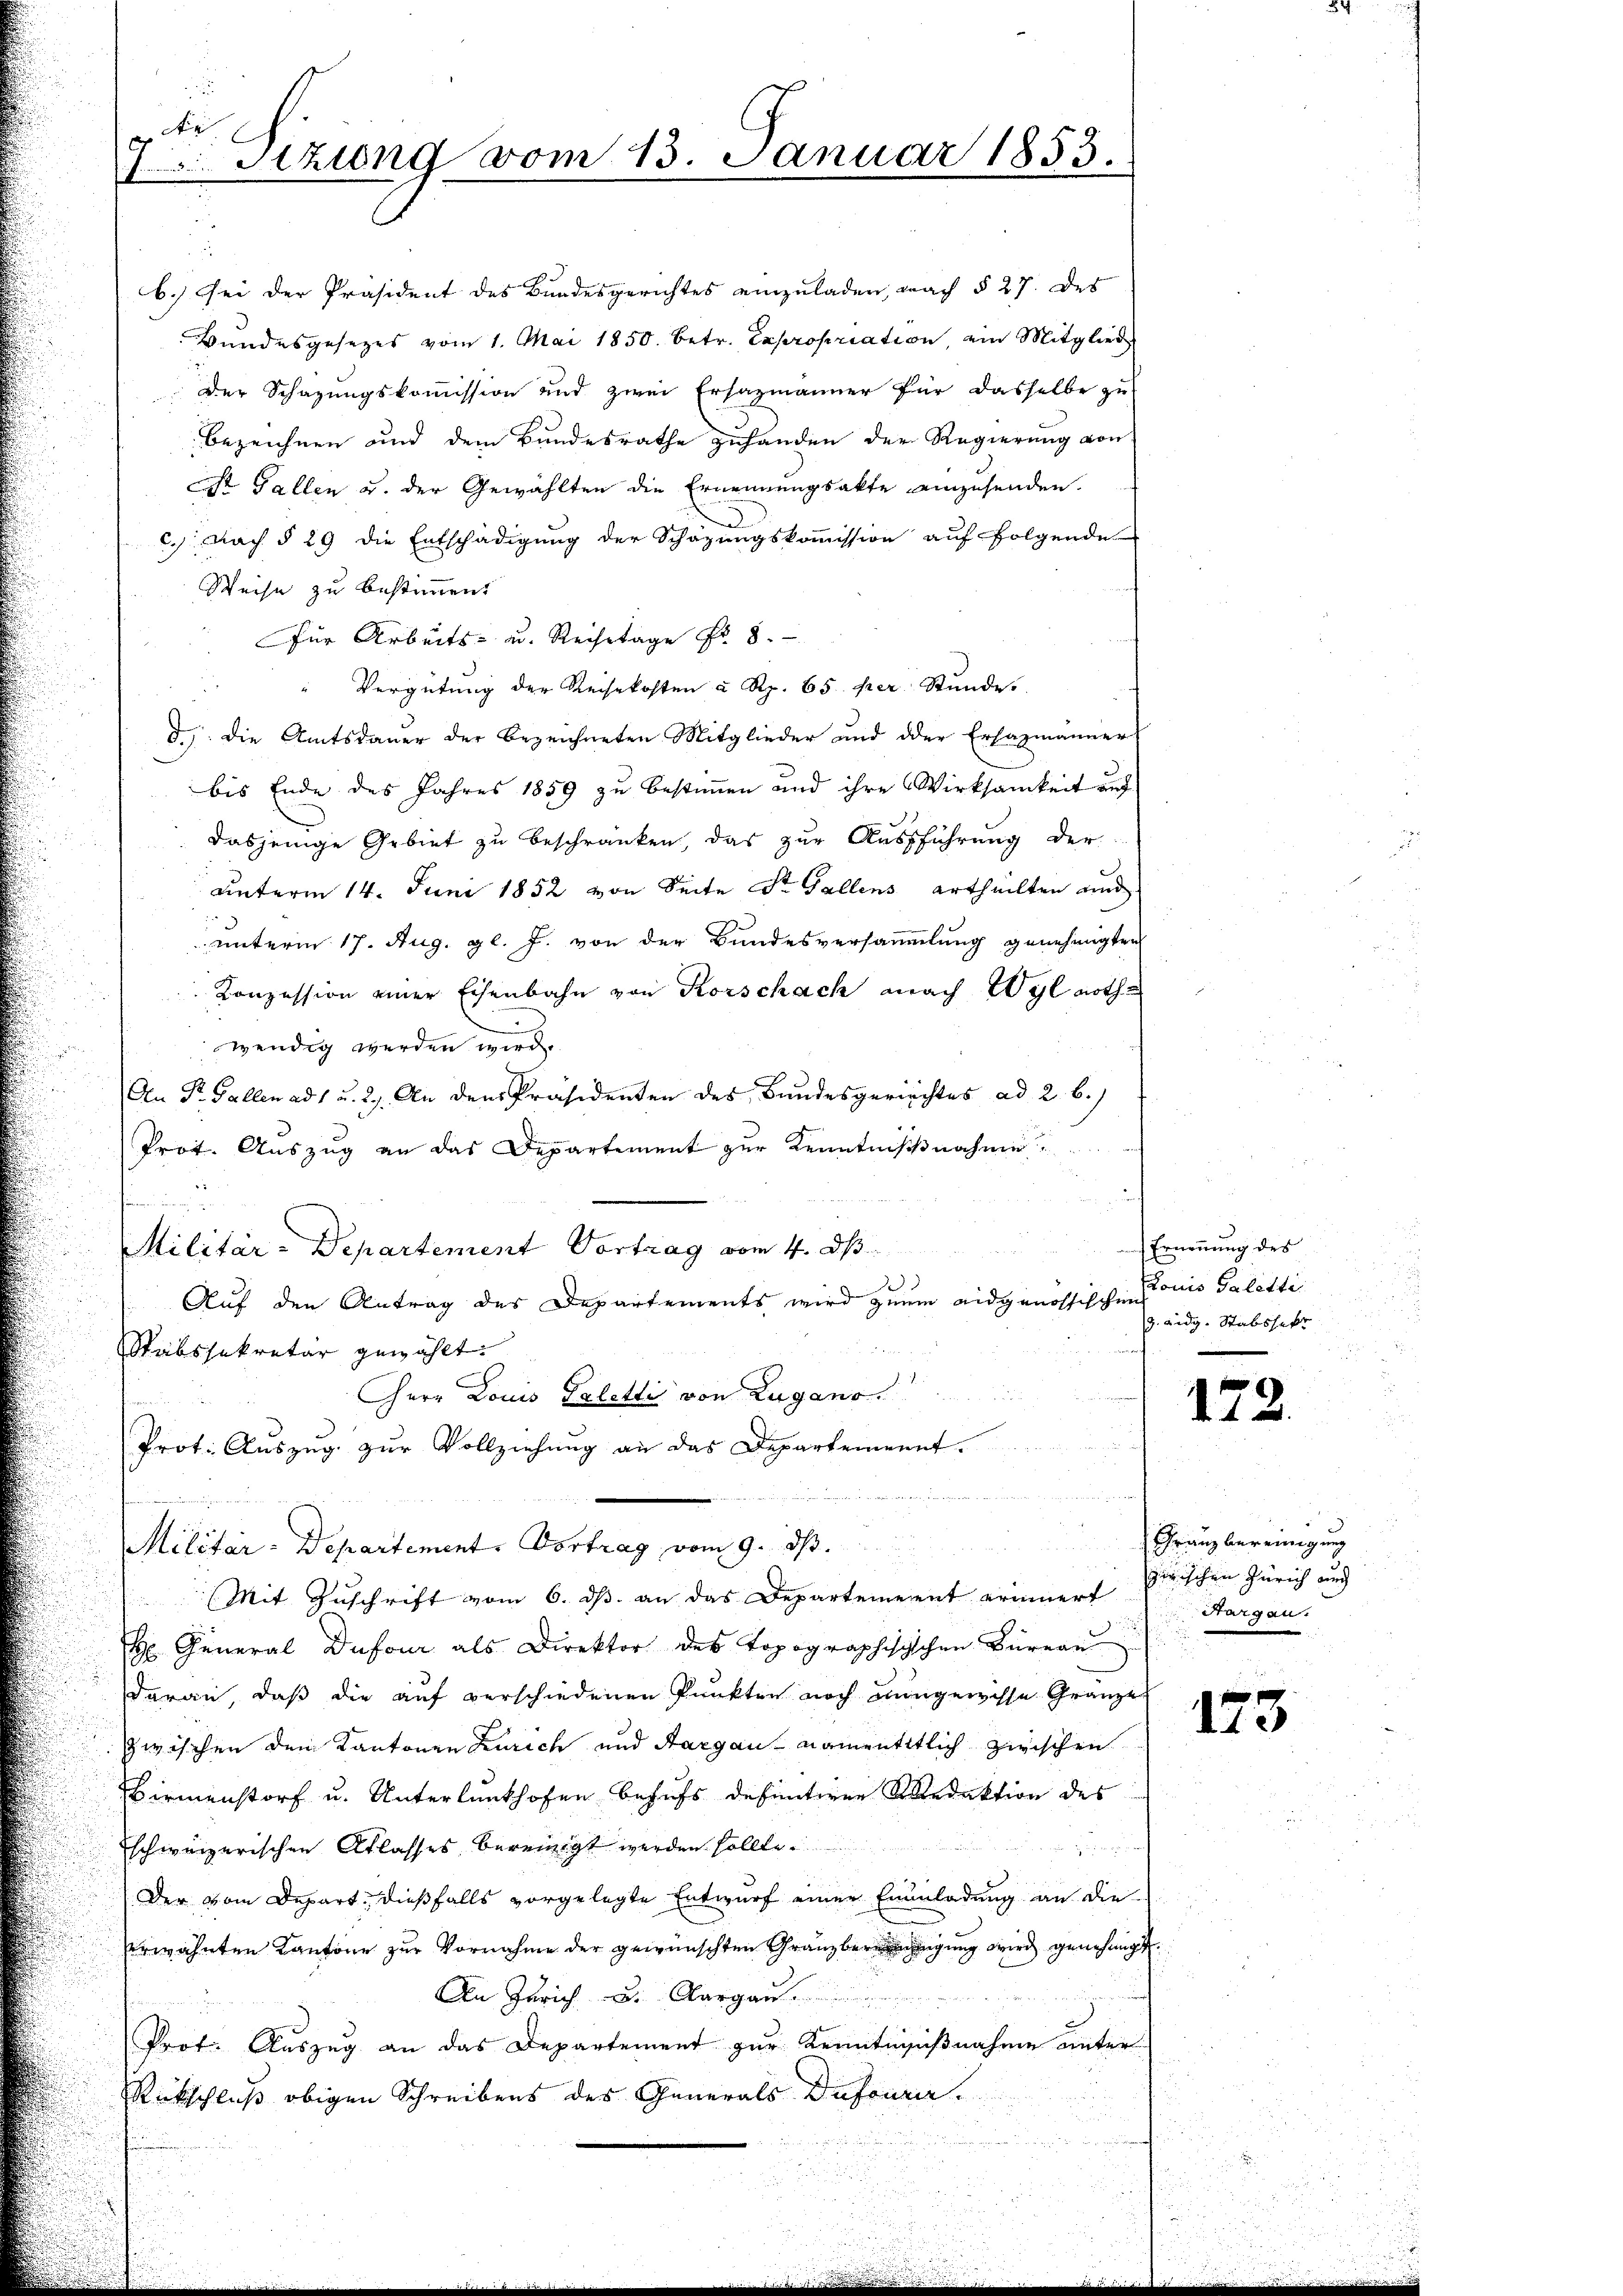
i
1Stzung vom 13. Januar 1853.

bezeichnen und dem Bundesrathe zuhanden der Regierung von
Dr. Gallen u. der Gewählten die Ernennungsakte einzusenden.
c. Nach § 29 die Entschädigung der Schazungskommission auf folgende
Weise zu bestimmen.
Für Arbeits- u. Reihetage Fr. 8.
" Vergütung der Reisekosten u Rp. 65 per Stunde
d.) Die Amtsdauer der bezeichneten Mitglieder und der Ersazmänner
bis Ende des Jahres 1859 zu bestimmen und ihre Wirksamkeit auf
dasjenige Gebiet zu beschränken, das zur Ausführung der
unterm 14. Juni 1852 von Seite St. Gallens ertheilten und
unterm 17. Aug. gl. J. von der Bundesversammlung genehmigten
Konzession einer Eisenbahn von Rorschach nach Wyl nothwendig werden wird.
An St. Gallen ad 1 u. 2. An den Präsidenten des Bundesgerichtes ad 2. b.)
Prot. Auszug an das Departement zur Kenntnißnahme
u
Militär-Departement Vortrag vom 4. ds.
Auf den Antrag des Departements wird zum eidgenössischen
Stabssekretär gewählt.
Herr Louis Taletti von Lugano
Prot. Auszug zur Vollziehung an das Departement
Militär-Departement. Vortrag vom 9. ds.
Mit Zuschrift vom 6. ds. an das Departement erinnert sichen Zürich and
u General Dufour als Direktor des topographischchen Bürea
daran, daß die auf verschiedenen Punkten noch angewisse Gränze
zwischen dem Kantonen Zürich und Aargau, namentitlich zwischen
Birmenstorf u. Unterlunkhofen behufs definitiven Redaktion des
schweizerischen Atlasses bereinigt werden sollte.
Der vom Depart, dießfalls vorgelegte Entwurf einer Einladung an die
erwähnten Kantone zur Vornahme der gewünschten Granzbereinhegung wird genehmigt
An Zürich u. Aargau.
Prot. Auszug an das Departement zur Kenntnißnahme unter
Rückschluß obigen Schreibens des Generals Dufourir

b.) Sei der Präsident des Bundesgerichtes einzuladen, nach § 27. des
Bundesgesezes vom 1. Mai 1850. betr. Expropriation, ein Mitglied
Der Schazungskommission und zwei Ersazmänner für dasselbe zu

Ernennung des
Louis Galetti
9. eidg. Stabshalt

172.

Franz bereinigung
Aargau.

173